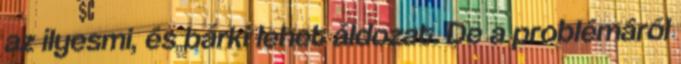
az ilyesmi, és bárki lehet áldozat. De a problémáról